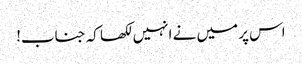
اس پر میں نے انہیں لکھا کہ جناب!